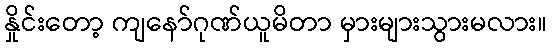
နှိုင်းတော့ ကျနော်ဂုဏ်ယူမိတာ မှားများသွားမလား။